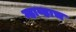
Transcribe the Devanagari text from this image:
म्हाव्हाच